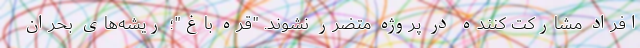
افراد مشارکت کننده در پروژه متضرر نشوند. "قره باغ"؛ ریشه‌های بحران